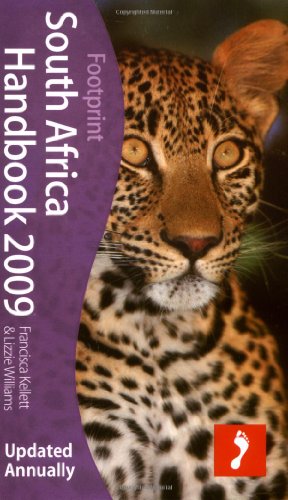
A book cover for South Africa Handbook 2009: Tread Your Own Path (Footprint South Africa Handbook with Lesotho & Swaziland); Francisca Kellett; Travel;